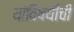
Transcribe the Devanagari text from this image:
यांविषयीची